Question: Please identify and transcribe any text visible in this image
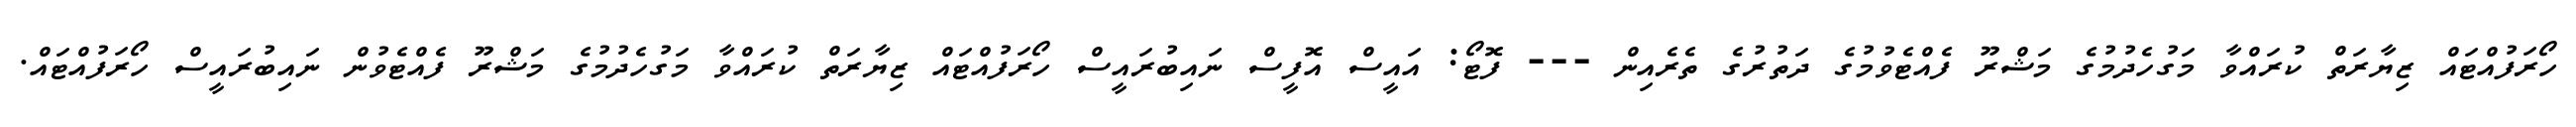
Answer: ހޯރަފުއްޓައް ޒިޔާރަތް ކުރައްވާ މަގުހެދުމުގެ މަޝްރޫ ފެއްޓެވުމުގެ ދަތުރުގެ ތެރެއިން --- ފޮޓޯ: އައީސް އޮފީސް ނައިބުރައީސް ހޯރަފުއްޓައް ޒިޔާރަތް ކުރައްވާ މަގުހެދުމުގެ މަޝްރޫ ފެއްޓެވުން ނައިބުރައީސް ހޯރަފުއްޓައް.